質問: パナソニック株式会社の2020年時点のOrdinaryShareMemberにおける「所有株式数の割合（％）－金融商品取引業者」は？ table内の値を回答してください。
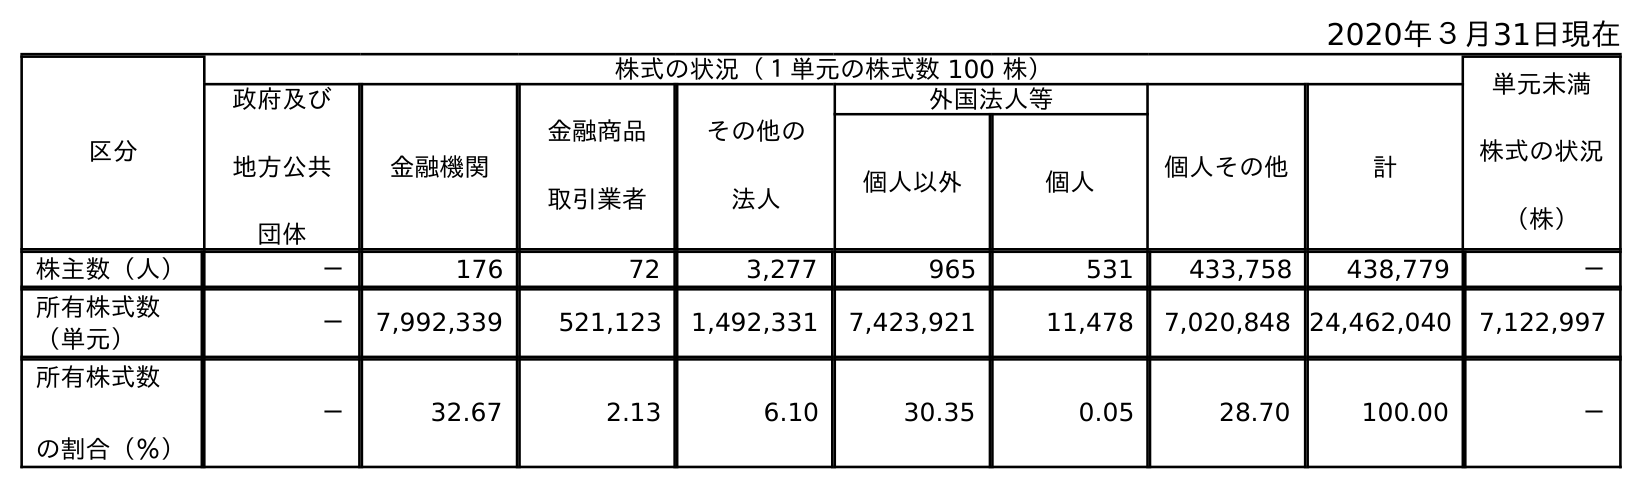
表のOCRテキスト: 2020年３月31日現在 区分 株式の状況（１単元の株式数 100 株） 単元未満 株式の状況 （株） 政府及び 地方公共 団体 金融機関 金融商品 取引業者 その他の 法人 外国法人等 個人その他 計 個人以外 個人 株主数（人） － 176 72 3,277 965 531 433,758 438,779 － 所有株式数 （単元） － 7,992,339 521,123 1,492,331 7,423,921 11,478 7,020,848 24,462,040 7,122,997 所有株式数 の割合（％） － 32.67 2.13 6.10 30.35 0.05 28.70 100.00 －
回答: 2.13